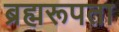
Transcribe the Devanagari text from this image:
ब्रह्मरूपता